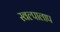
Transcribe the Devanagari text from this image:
स्वल्पालाप